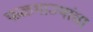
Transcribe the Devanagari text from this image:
फळभाज्यांचा